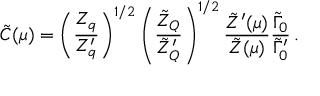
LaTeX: \tilde { C } ( \mu ) = \left( \frac { Z _ { q } } { Z _ { q } ^ { \prime } } \right) ^ { 1 / 2 } \left( \frac { \tilde { Z } _ { Q } } { \tilde { Z } _ { Q } ^ { \prime } } \right) ^ { 1 / 2 } \frac { \tilde { Z } ^ { \prime } ( \mu ) } { \tilde { Z } ( \mu ) } \frac { \tilde { \Gamma } _ { 0 } } { \tilde { \Gamma } _ { 0 } ^ { \prime } } \, .